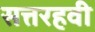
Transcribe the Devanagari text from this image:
सत्तरहवी